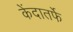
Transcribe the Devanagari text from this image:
केंदातर्फे